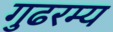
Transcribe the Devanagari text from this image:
गुढरम्य